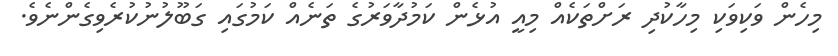
މިހެން ވަކިވަކި މިހާކުދި ރަށްތަކެއް މިއީ އުޅެން ކަމުދާވަރުގެ ތަނެއް ކަމުގައި ގަބޫލުނުކުރެވިގެންނެވެ.